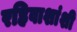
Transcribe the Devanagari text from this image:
रहिवाशांशी